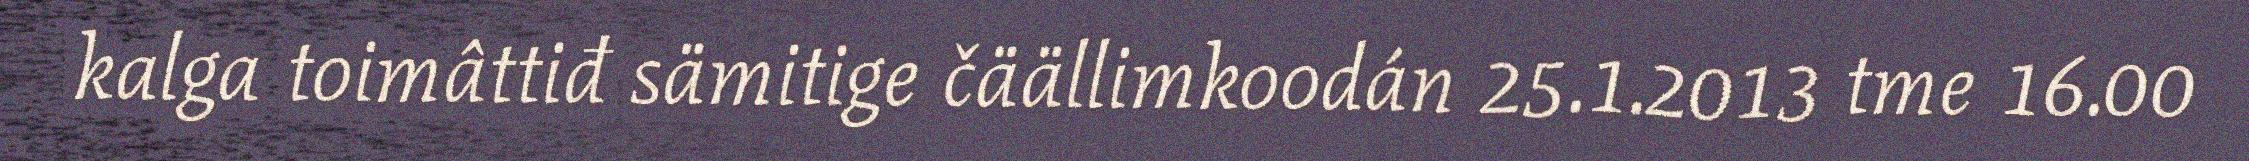
kalga toimâttiđ sämitige čäällimkoodán 25.1.2013 tme 16.00